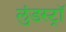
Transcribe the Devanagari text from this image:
लुंडस्ट्राॅ